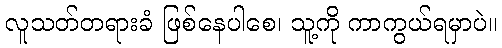
လူသတ်တရားခံ ဖြစ်နေပါစေ၊ သူ့ကို ကာကွယ်ရမှာပဲ။